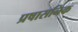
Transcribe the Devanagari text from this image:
प्रषासनिक